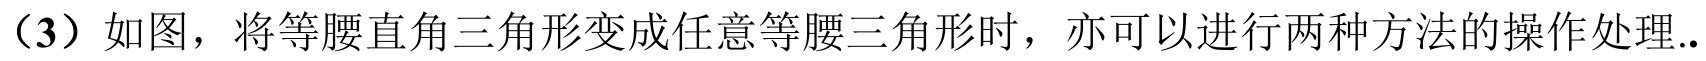
（3）如图，将等腰直角三角形变成任意等腰三角形时，亦可以进行两种方法的操作处理..